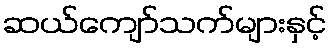
ဆယ်ကျော်သက်များနှင့်